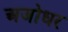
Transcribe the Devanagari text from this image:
अजोधर